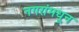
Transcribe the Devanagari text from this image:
नगरांमधून